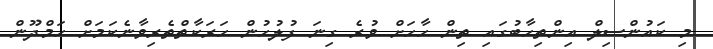
މި ކައުންސިލް އިންތިހާބުގައި ތިން ހާހަށް ވުރެ ގިނަ ފުލުހުން ހަރަކާތްތެރިވާނެކަމަށް ހަމްދޫން